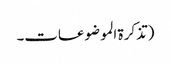
(تذکرۃ الموضوعات۔